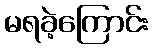
မရခဲ့ကြောင်း